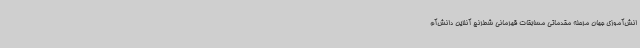
انش‌آموزی جهان مرحله مقدماتی مسابقات قهرمانی شطرنج آنلاین دانش‌آم